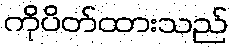
ကိုပိတ်ထားသည်